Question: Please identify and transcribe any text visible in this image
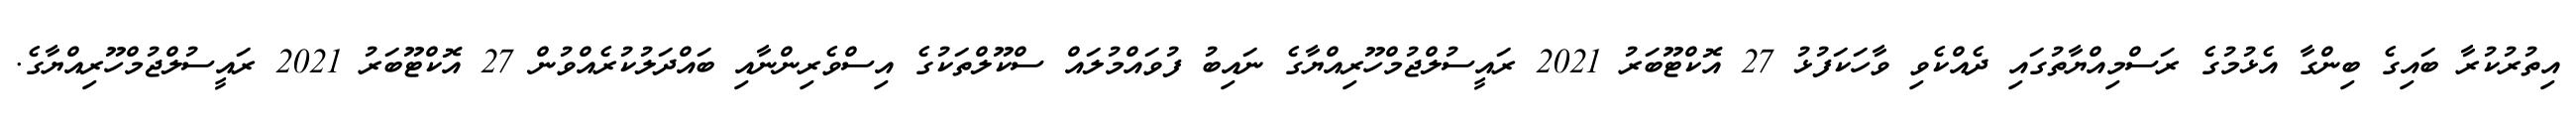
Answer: އިތުރުކުރާ ބައިގެ ބިންގާ އެޅުމުގެ ރަސްމިއްޔާތުގައި ދެއްކެވި ވާހަކަފުޅު 27 އޮކްޓޫބަރު 2021 ރައީސުލްޖުމްހޫރިއްޔާގެ ނައިބު ފުވައްމުލައް ސްކޫލްތަކުގެ އިސްވެރިންނާއި ބައްދަލުކުރެއްވުން 27 އޮކްޓޫބަރު 2021 ރައީސުލްޖުމްހޫރިއްޔާގެ.